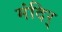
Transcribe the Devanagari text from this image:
मंदिर्